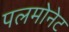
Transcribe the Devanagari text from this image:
पलमोनेट